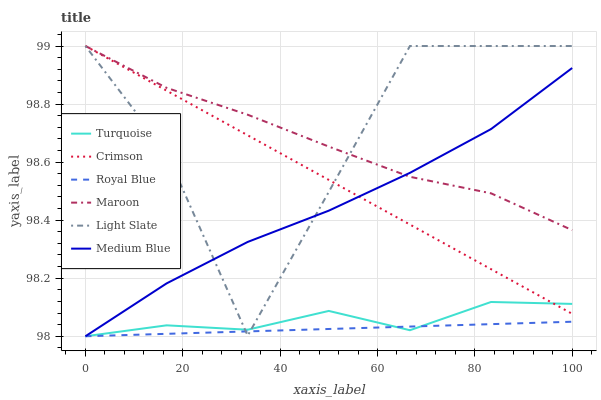
| xaxis_label | Turquoise | Crimson | Royal Blue | Maroon | Light Slate | Medium Blue |
 | --- | --- | --- | --- | --- | --- | --- |
 | 0 | 98 | 99 | 98 | 99 | 99 | 98 |
 | 16.7 | 98 | 98.8 | 98 | 98.9 | 98.6 | 98.2 |
 | 33.3 | 98 | 98.7 | 98 | 98.8 | 98 | 98.3 |
 | 50 | 98.1 | 98.5 | 98 | 98.7 | 98.5 | 98.4 |
 | 66.7 | 98 | 98.4 | 98 | 98.5 | 99 | 98.6 |
 | 83.3 | 98.1 | 98.2 | 98 | 98.5 | 99 | 98.7 |
 | 100 | 98.1 | 98.1 | 98.1 | 98.4 | 99 | 98.9 |